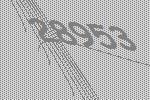
28953